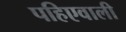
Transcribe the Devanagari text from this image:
पहिएवाली